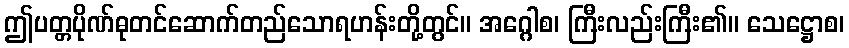
ဤပတ္တပိုဏ်ဓုတင်ဆောက်တည်သောရဟန်းတို့တွင်။ အဂ္ဂေါစ၊ ကြီးလည်းကြီး၏။ သေဋ္ဌောစ၊